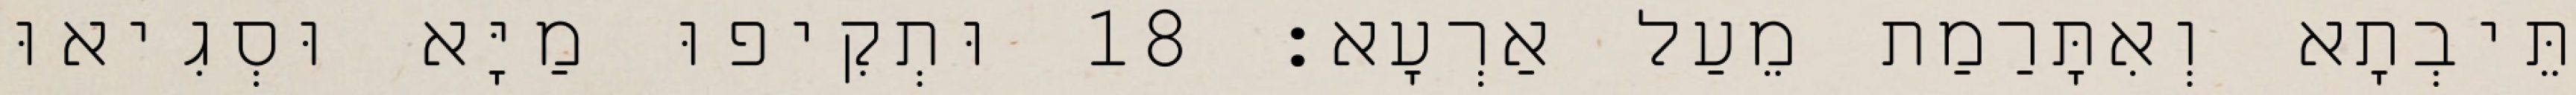
תֵּיבְתָא וְאִתָּרַמַת מֵעַל אַרְעָא׃ 18 וּתְקִיפוּ מַיָּא וּסְגִיאוּ